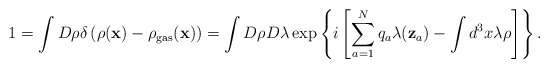
\begin{align*}1=\int D\rho\delta\left(\rho({\bf x})-\rho_{\rm gas}({\bf x})\right)=\int D\rho D\lambda\exp\left\{i\left[\sum\limits_{a=1}^{N}q_a\lambda({\bf z}_a)-\int d^3x\lambda\rho\right]\right\}.\end{align*}